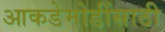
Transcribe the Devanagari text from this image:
आकडेमोडींसाठी